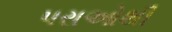
પરાઓથી